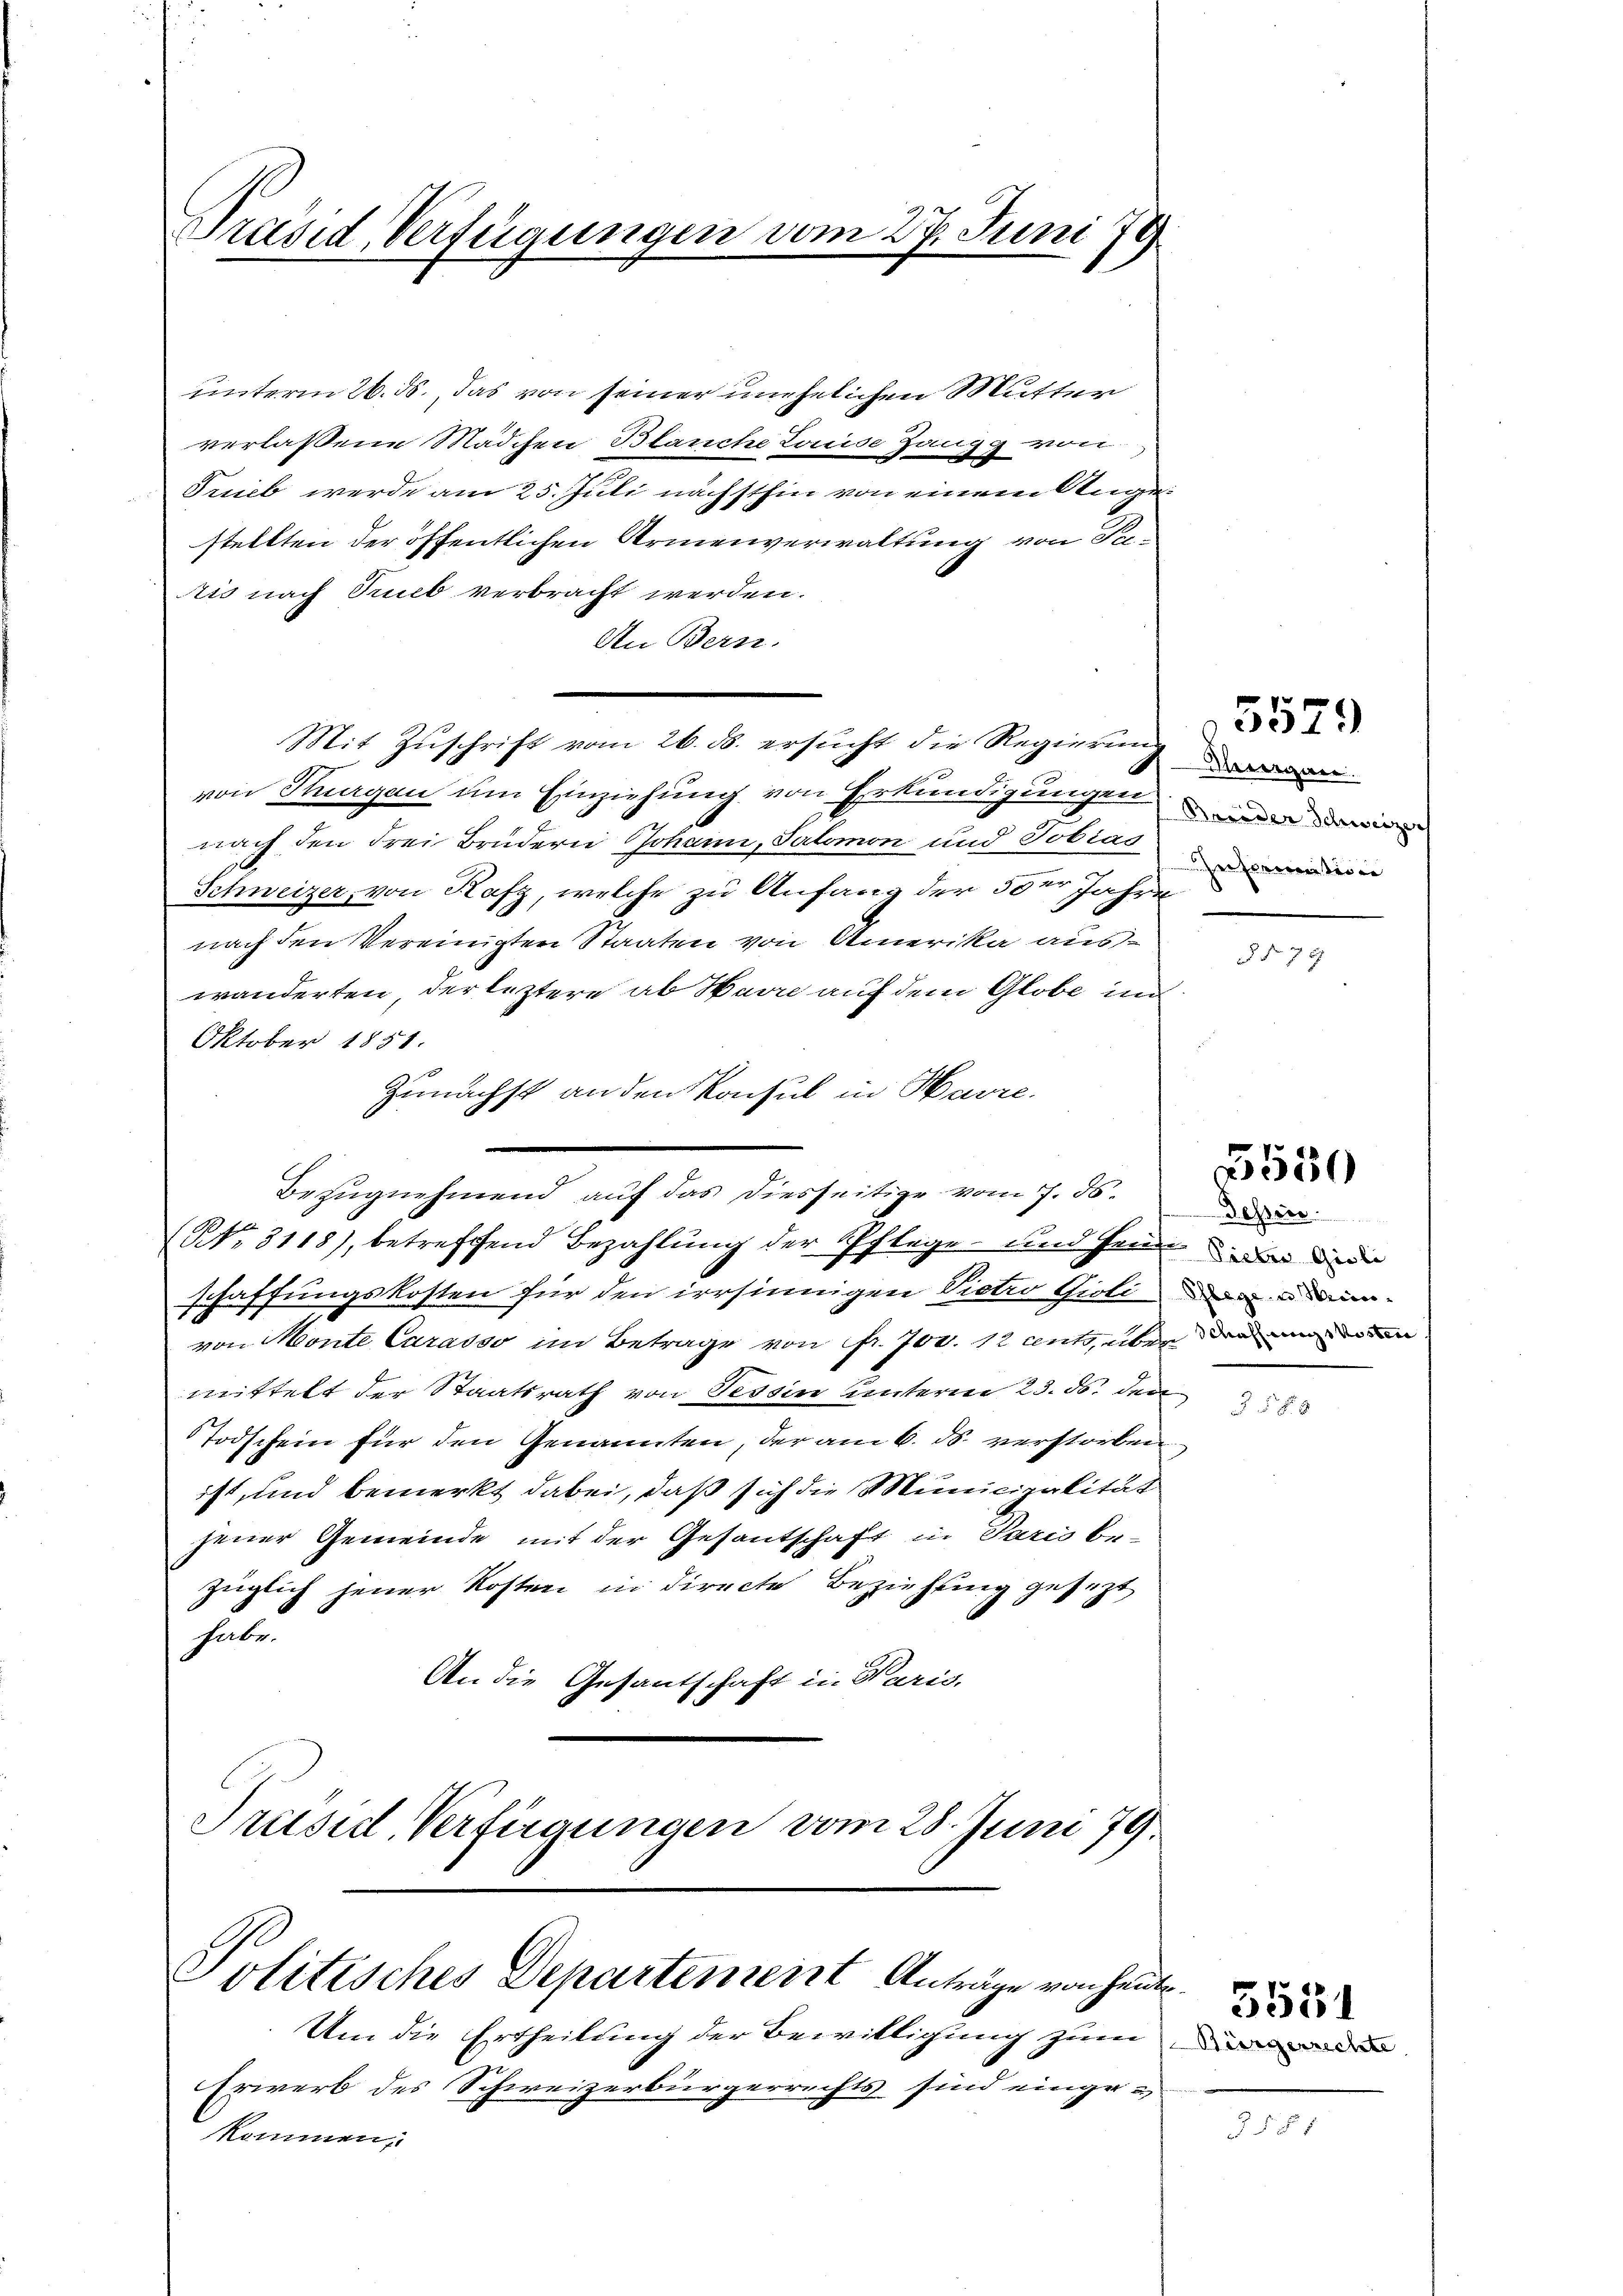
Präsid, Verfügungen vom 27. Juni 79

unterm 26. ds. das von seiner unehelichen Mutter
verlassene Mädchen Blanche Louise Zangg von
x
Trieb werde am 25. Juli nächsthin von einem Angestellten der öffentlichen Armenverwaltung von Patis nach Trieb verbracht werden.
An Bern.
Mit Zuschrift vom 26. ds. ersucht die Regierung
von Stuegen um Einziehung von Erkundigungen
nach den drei Brüdern Johann, Salomon und Tobiag
Schweizer, von Rafz, welche zu Anfang der 5 der Jahre
nach den Vereinigten Staaten von Amerika auswänderten, der leztere ab Havre auf dem Globe un
Oktober 1851.
Zunächst an den Konsul in Havre
Bezugnehmend auf das diesseitige vom 7. ds.
NNo. 3118), betreffend Bezahlung der Pflege und Gener in d
schaffungskosten für den irrsinnigen Vietro Gioli dann
von Monte Carasso im Betrage von fr. 700. 1 ents, über der und den
mittelt der Staatsrath von Tessin unterm 23. ds. den
Todschein für den Genannten, der am 6. ds. verstorben
ist, und bemerkt dabei, daß sich die Municipalität
jener Gemeinde mit der Gesantschaft in Paris be-
züglich jener Kosten in directe Beziehung gesezt
habe.
An die Gesantschaft in Karis,
Präsid. Verfügungen vom 28. Juni 179

Politisches Departement Anträge von heute.
Um die Ertheilung der Bewilligung zum

Erwerb des Schweizerbürgerrechts sind einge-
kommen,

Thurgau.
Barider Schweizerh
henzen der e

.

5579

79

5550

Tessin

Bürgerrechte

5551

3588